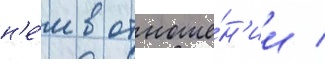
н'е́м в отноше́н'ии /